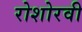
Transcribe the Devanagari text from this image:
रोशोरवी